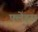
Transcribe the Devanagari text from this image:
फ्लेंड्स